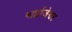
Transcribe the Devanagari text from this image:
भार्द्वाजेश्वर